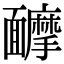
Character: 𩉑